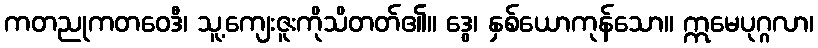
ကတညုကတဝေဒီ၊ သူ့ကျေးဇူးကိုသိတတ်၏။ ဒွေ၊ နှစ်ယောကုန်သော။ ဣမေပုဂ္ဂလာ၊